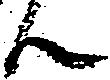
ん